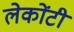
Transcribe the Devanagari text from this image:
लेकोंटी